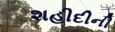
શહીદીની